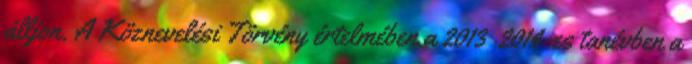
álljon. A Köznevelési Törvény értelmében a 2013 2014-es tanévben a